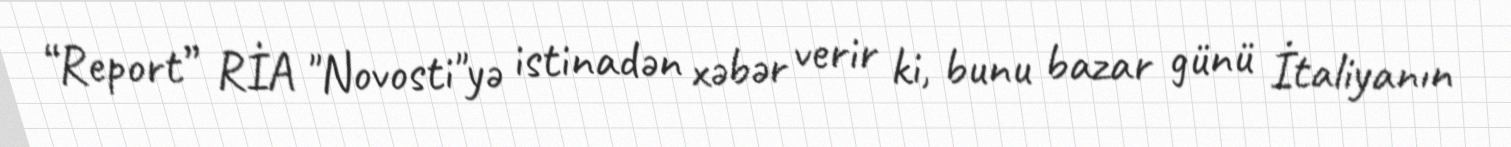
“Report” RİA "Novosti"yə istinadən xəbər verir ki, bunu bazar günü İtaliyanın